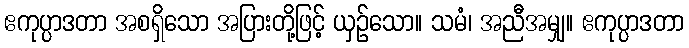
ဧကုပ္ပာဒတာ အစရှိသော အပြားတို့ဖြင့် ယှဉ်သော။ သမံ၊ အညီအမျှ။ ဧကုပ္ပာဒတာ